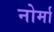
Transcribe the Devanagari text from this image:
नोर्मा